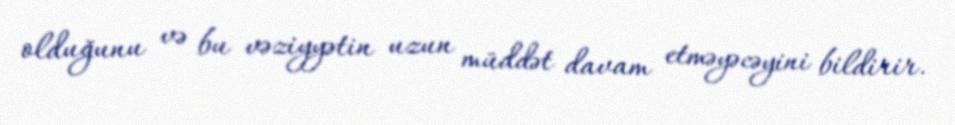
olduğunu və bu vəziyyətin uzun müddət davam etməyəcəyini bildirir.